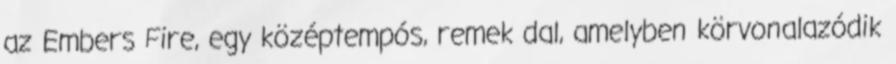
az Embers Fire, egy középtempós, remek dal, amelyben körvonalazódik